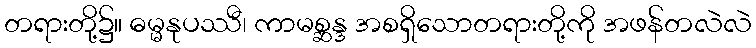
တရားတို့၌။ ဓမ္မနုပဿီ၊ ကာမစ္ဆန္ဒ အစရှိသောတရားတို့ကို အဖန်တလဲလဲ